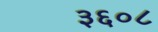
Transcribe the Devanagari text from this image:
३६०८